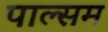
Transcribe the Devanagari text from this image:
पाल्सम